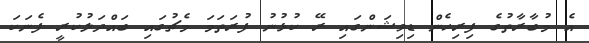
އެ މުބާރާތުގެ ފިރިހެން ޑިވިޝަންގައި ރޭ ކުޅުނު ފުރަތަމަ މެޗުގައި ބައްދަލުކުރީ ފެނަކަ